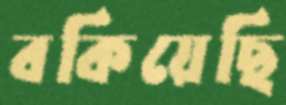
বকিয়েছি